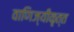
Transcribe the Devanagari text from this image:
वाणिज्यीकृत्त